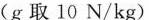
(g取10N/kg)